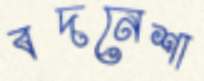
বদনেশা